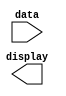
module hex_output(
	input 	[15:0]	data,
	output 	[8:0] 	display
	);
	
	
	
	
	
endmodule